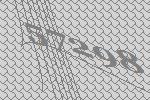
57298